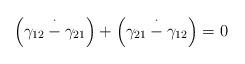
LaTeX: \begin{align*}\left( \gamma_{12}\overset{\cdot}{-}\gamma_{21}\right) +\left( \gamma_{21}\overset{\cdot}{-}\gamma_{12}\right) =0 \end{align*}